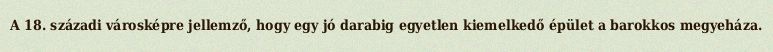
A 18. századi városképre jellemző, hogy egy jó darabig egyetlen kiemelkedő épület a barokkos megyeháza.